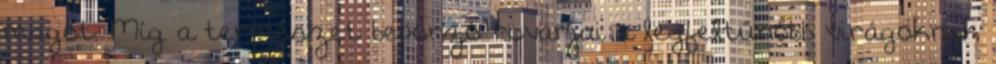
magot. Míg a természet beporzó rovarjai a legfeltűnőbb virágoknak